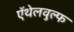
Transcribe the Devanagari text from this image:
ऍथेलवुल्फ